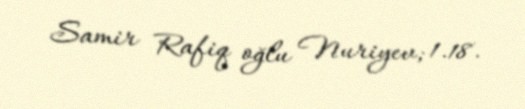
Samir Rafiq oğlu Nuriyev; 1.18.